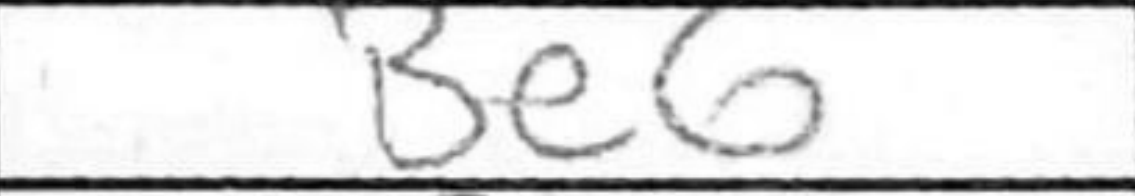
Transcription: Be6